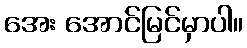
အေး အောင်မြင်မှာပါ။